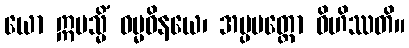
ယော ဣမသ္မိံ ဓမ္မဝိနယေ၊ အပ္ပမတ္တော ဝိဟိဿတိ။